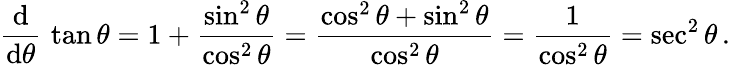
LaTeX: {\frac{\operatorname{d}}{\operatorname{d}\! \theta}}\, \tan\theta=1+{\frac{\sin^{2}\theta}{\cos^{2}\theta}}={\frac{\cos^{2}\theta+\sin^{2}\theta}{\cos^{2}\theta}}={\frac{1}{\cos^{2}\theta}}=\sec^{2}\theta\, .